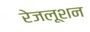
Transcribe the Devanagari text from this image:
रेजलूशन